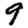
Digit: 9